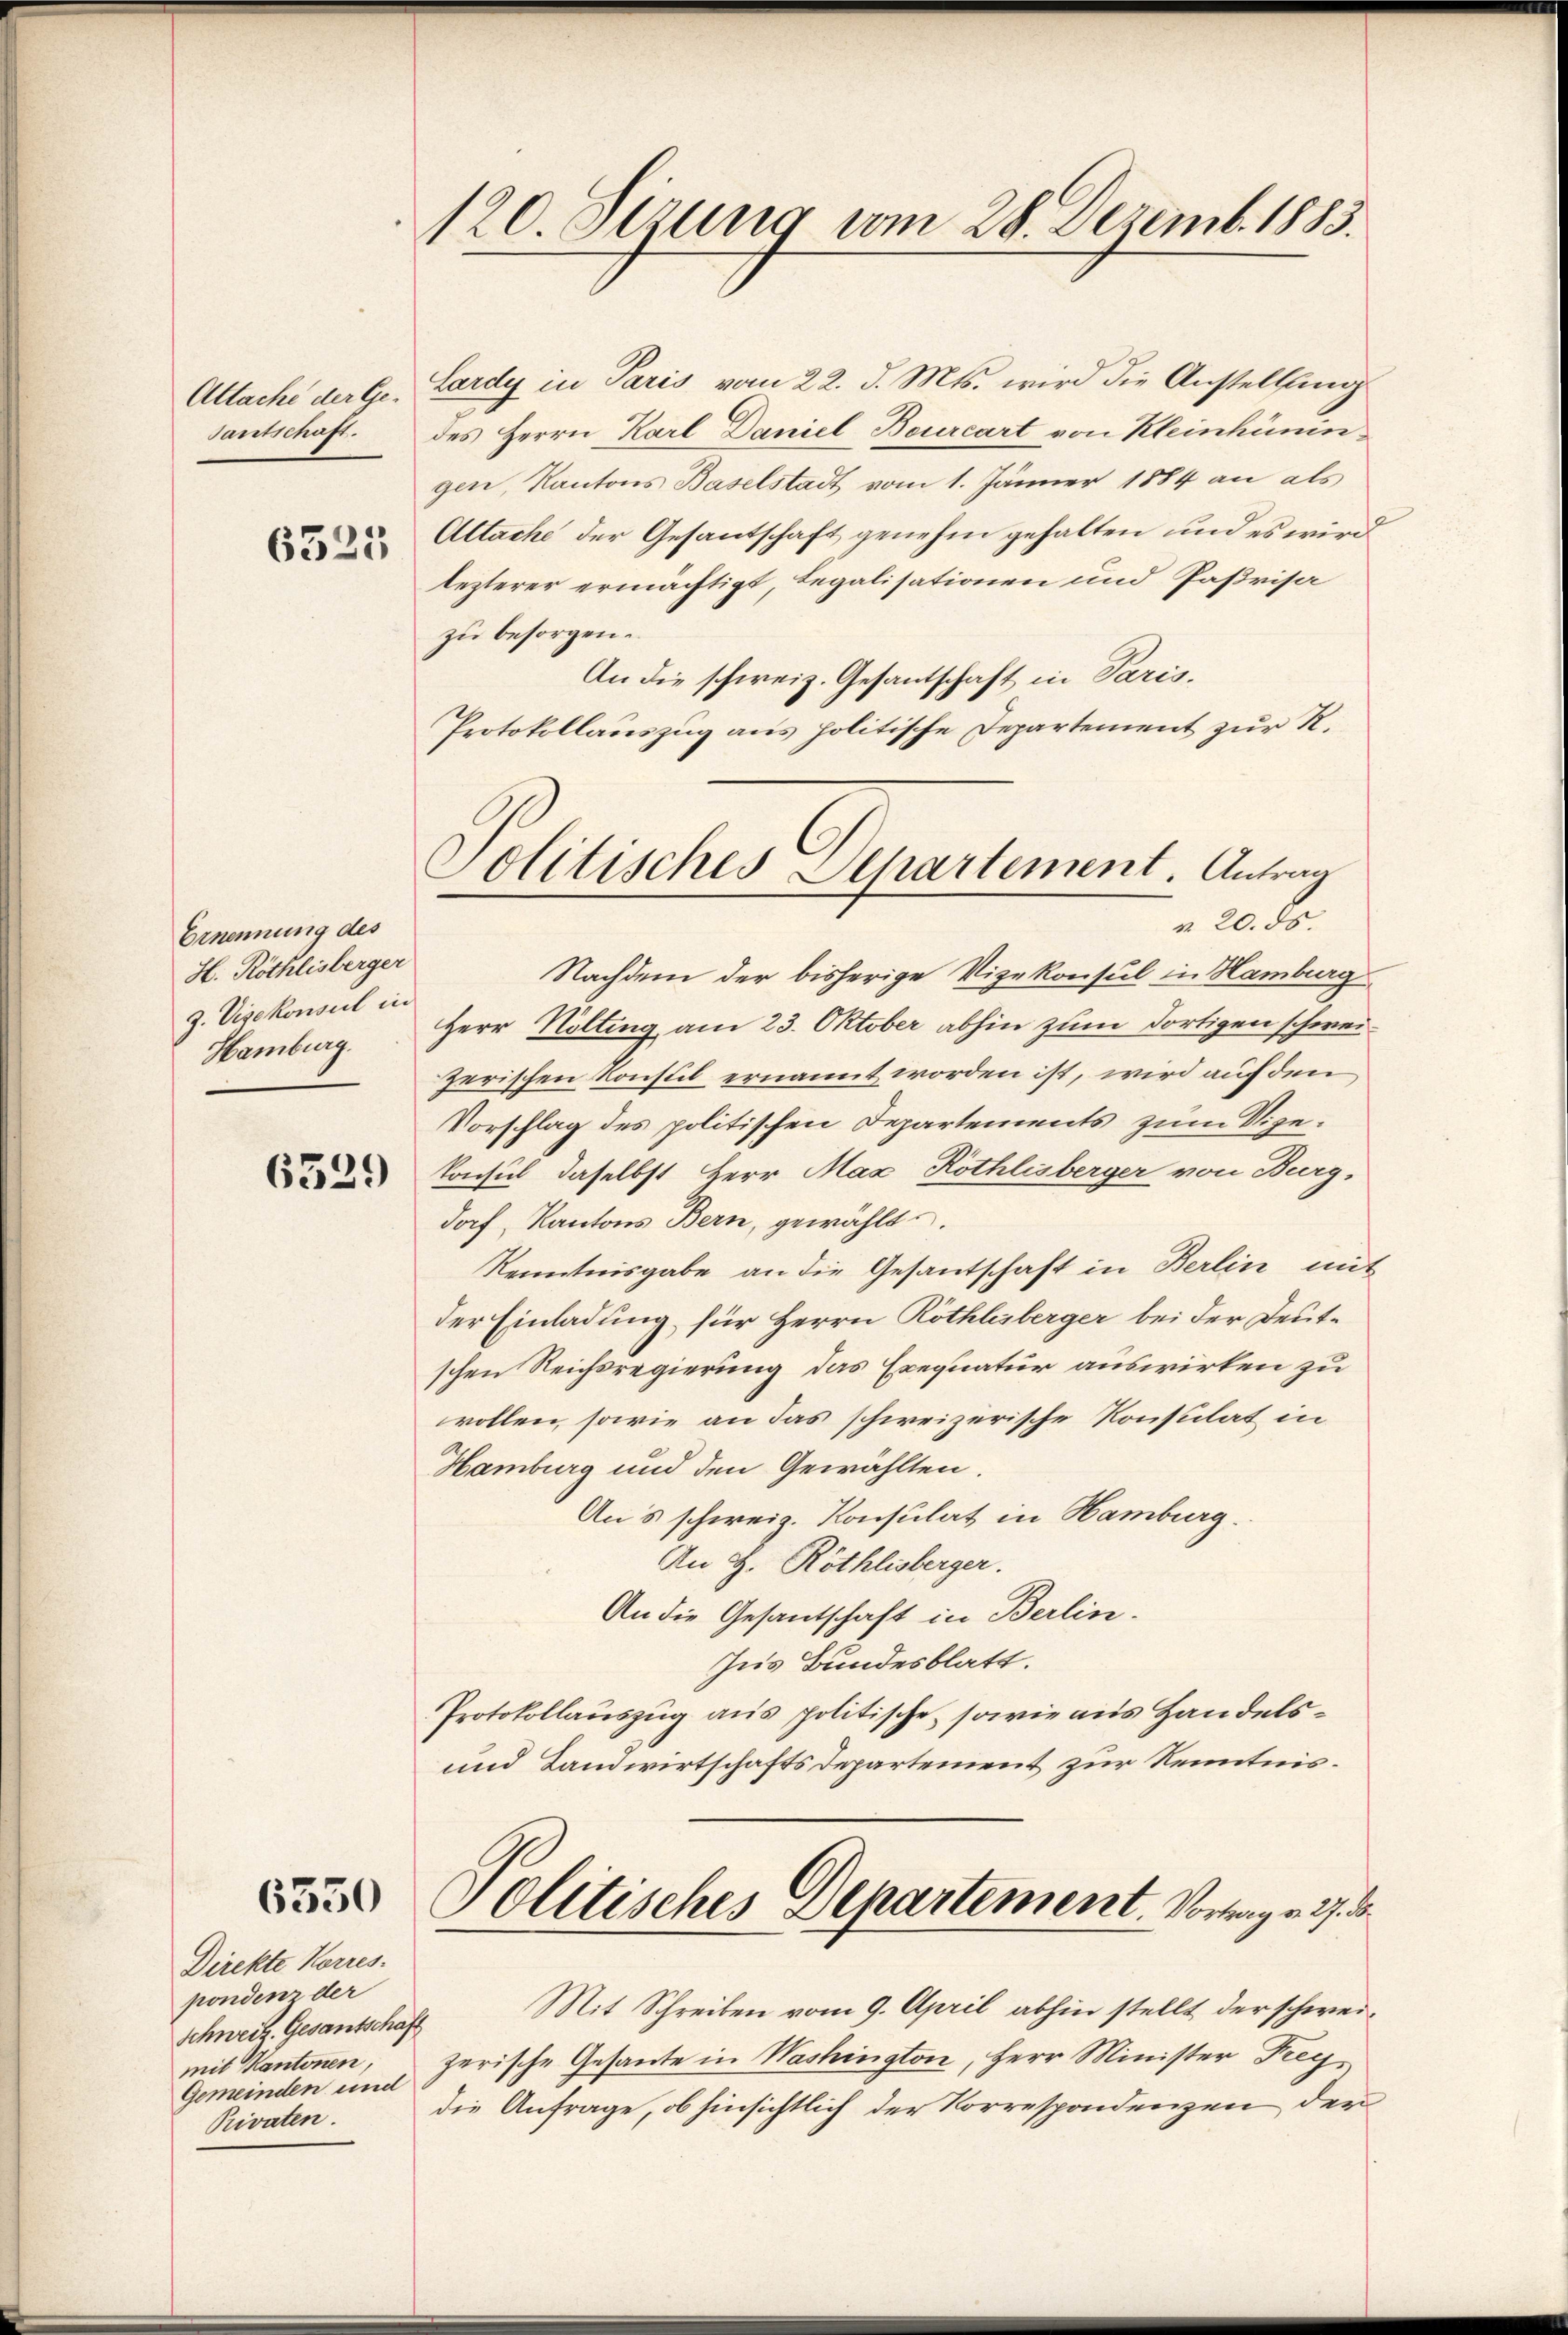
Attache der Ge¬
Santschaft.

6325

Ernennung des
H. Röthlisberger
9. Visekonseil in
Hamburg.

6329

6350

Direkte Korres.
pondenz der
Schweiz. Gesantschaft
mit Kantonen,
Gemeinden und
Privaten.

120. Jezung vom 28. Dezemb. 1883.

Lardy in Paris vom 22. d. Mts. wird die Anstellung
des Herrn Karl Daniel Beurcart von Kleinhümngen, Kantons Baselstadt vom 1. Jänner 1884 an als
Attache der Gesantschaft genehm gehalten und es wird
lezterer ermächtigt, legalisationen und Paßrisa
zu besorgen.
An die schweiz. Gesantschaft in Paris.
Protokollauszug aus politische Departement zur R.

Politisches Departement. Antrag
 20. ds.

Nachdem der bisherige Vizekonsul in Hamburg
Herr Hölting, am 23. Oktober abhin zum dortigen schweizerischen Konstil ernannt worden ist, wird auf den
Vorschlag des politischen Departements zum Vizekonsul, daselbst Herr Max Röthlisberger von Burg,
dorf, Kantons Bern, gewählt
Kenntnisgabe an die Gesantschaft in Berlin mit
der Einladung, für Herrn Röthlisberger bei der Deutschen Reichsregierung das Exequatur auswirken zu
vollen, sowie an das schweizerische Konsulat in
Hamburg und den Gewählten.
Au’s schweiz. Konsulat in Hamburg
An H. Röthlisberger.
An die Gesantschaft in Berlin.
Ins Bundesblatt.
Protokollauszug aus politische, sowie aus Handels¬
und Landwirtschafts Departement zur Kenntnis¬
Politisches Departement. Vortrage 37. d.
Mit Schreiben vom 9. April abhin stellt der schweizerische Gesante in Washington, Herr Minister Frey
die Anfrage, ob hinsichtlich der Korrespondenzen der